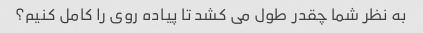
به نظر شما چقدر طول می کشد تا پیاده روی را کامل کنیم؟